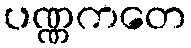
ပဏ္ဏကတေ